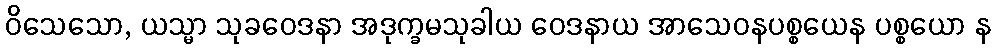
ဝိသေသော, ယသ္မာ သုခဝေဒနာ အဒုက္ခမသုခါယ ဝေဒနာယ အာသေဝနပစ္စယေန ပစ္စယော န